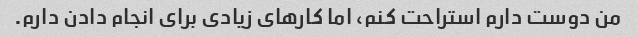
من دوست دارم استراحت کنم، اما کارهای زیادی برای انجام دادن دارم.